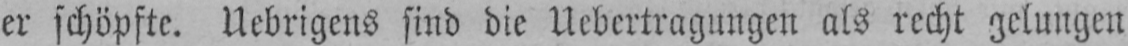
er schöpfte. Ubrigens sind die Uebertragungen als recht gelungen